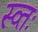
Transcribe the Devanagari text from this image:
स्व्तः